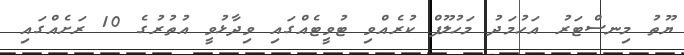
ޔޫތު މިނސްޓަރު އަހުމަދު މަހުލޫފް ކުރެއްވި ޓުވީޓެއްގައި ވިދާޅުވީ އުތުރުގެ 10 ރަށެއްގައި